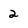
Character: 2